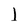
Character: l